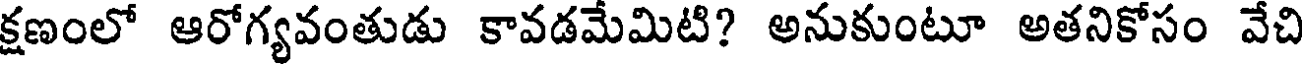
క్షణంలో ఆరోగ్యవంతుడు కావడమేమిటి? అనుకుంటూ అతనికోసం వేచి